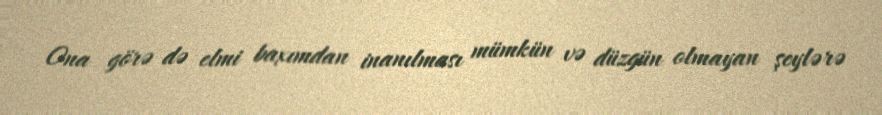
Ona görə də elmi baxımdan inanılması mümkün və düzgün olmayan şeylərə